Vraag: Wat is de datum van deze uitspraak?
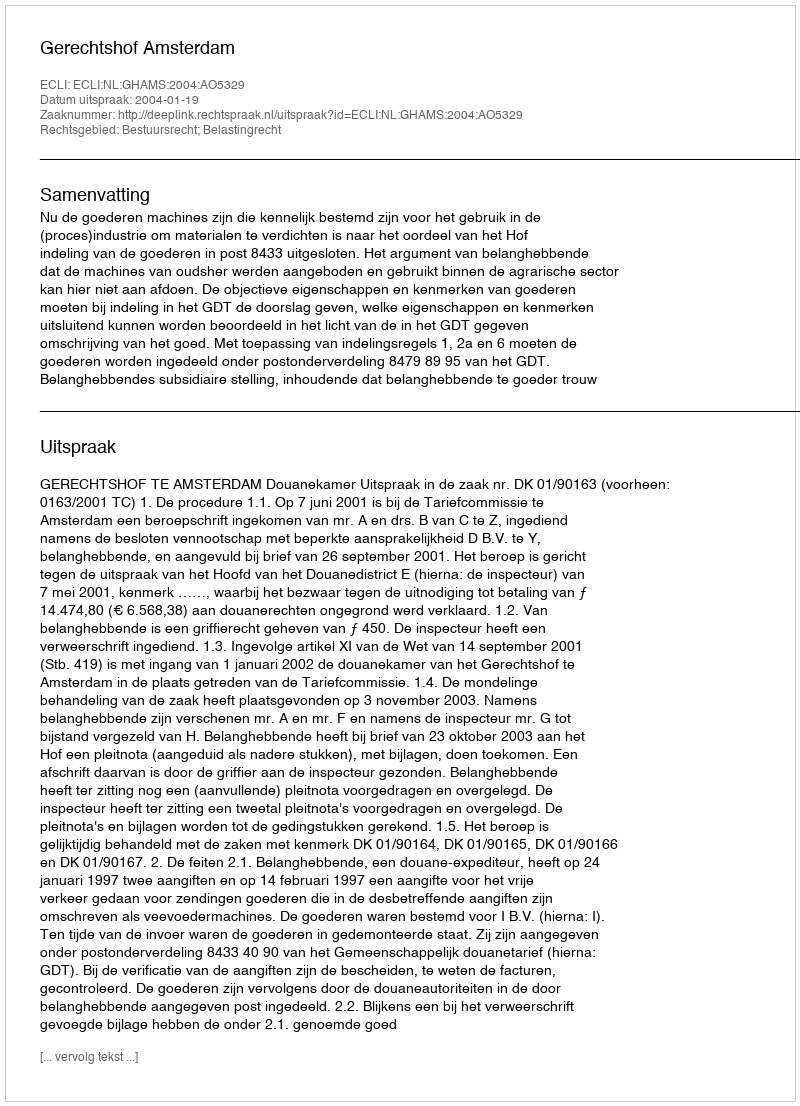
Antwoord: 2004-01-19